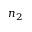
n _ { 2 }